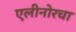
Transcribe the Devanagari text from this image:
एलीनोरचा